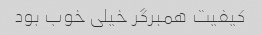
کیفیت همبرگر خیلی خوب بود